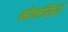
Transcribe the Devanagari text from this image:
मोलसिरी